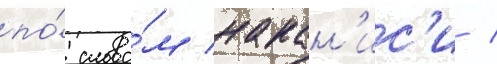
по́ слова́м накан'ис'и /